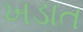
ખડાત